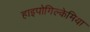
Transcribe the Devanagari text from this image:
हाइपोगिल्केमिया